Vaccination North-Western Provinces and Oudh 1878-1895 - 1878-1895
Year: 1878
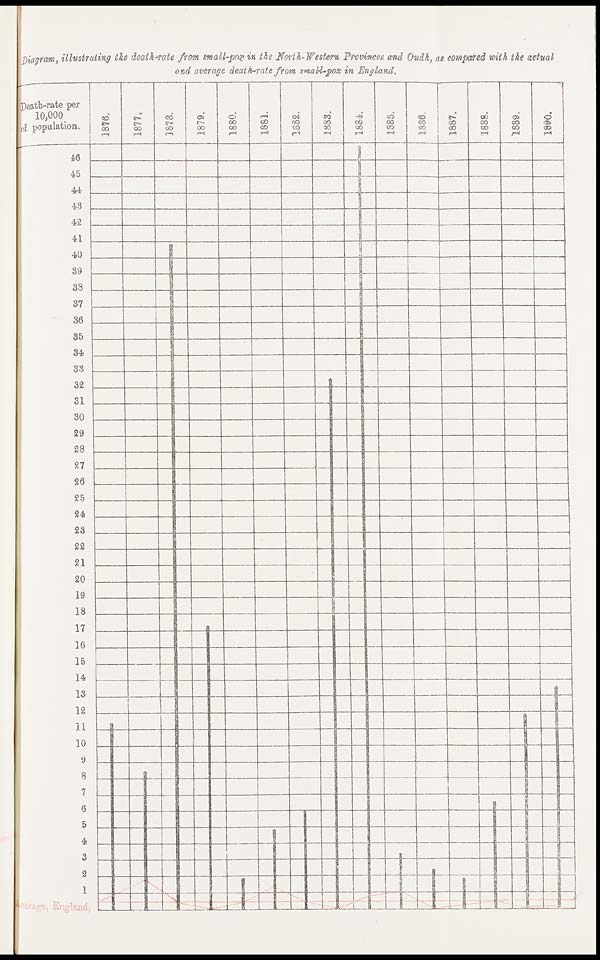
Diagram, illustrating the death-rate from small-pox in the North-Western Provinces and Oudh, as compared with the actual
and average death-rate from small-pox in England.